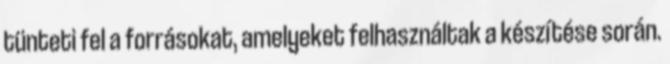
tünteti fel a forrásokat, amelyeket felhasználtak a készítése során.